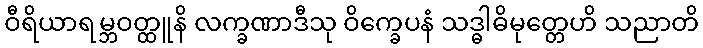
ဝီရိယာရမ္ဘဝတ္ထူနိ လက္ခဏာဒီသု ဝိက္ခေပနံ သဒ္ဓါဓိမုတ္တေဟိ သညာတိ